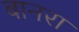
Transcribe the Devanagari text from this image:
बानरा